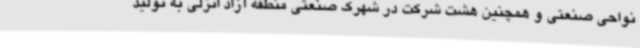
نواحی صنعتی و همچنین هشت شرکت در شهرک صنعتی منطقه آزاد انزلی به تولید